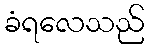
ခံရလေသည်